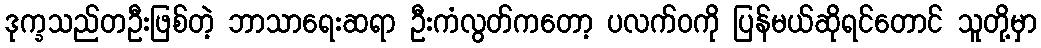
ဒုက္ခသည်တဦးဖြစ်တဲ့ ဘာသာရေးဆရာ ဦးကံလွတ်ကတော့ ပလက်ဝကို ပြန်မယ်ဆိုရင်တောင် သူတို့မှာ